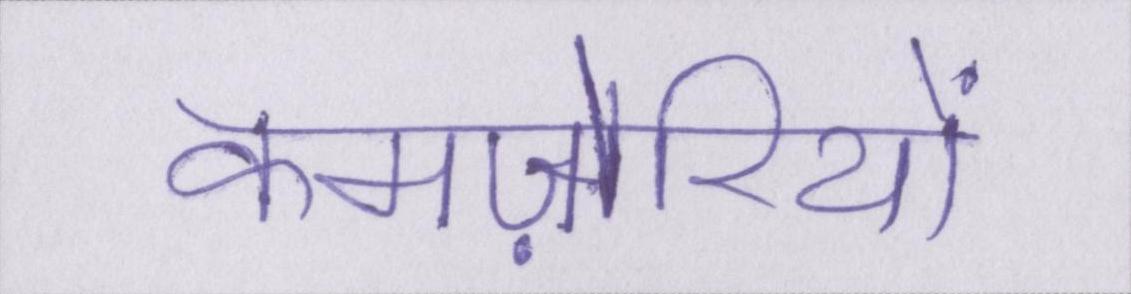
कमज़ोरियों